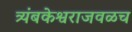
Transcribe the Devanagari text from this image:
त्र्यंबकेश्वराजवळच